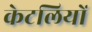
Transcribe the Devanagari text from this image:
केटलियों